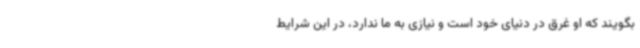
بگویند که او غرق در دنیای خود است و نیازی به ما ندارد، در این شرایط